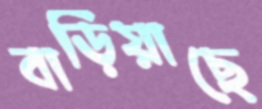
বাড়িয়াছে